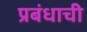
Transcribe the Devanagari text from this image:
प्रबंधाची